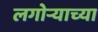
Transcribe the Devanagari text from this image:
लगोर्‍याच्या